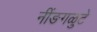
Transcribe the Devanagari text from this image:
नींङगळुटे